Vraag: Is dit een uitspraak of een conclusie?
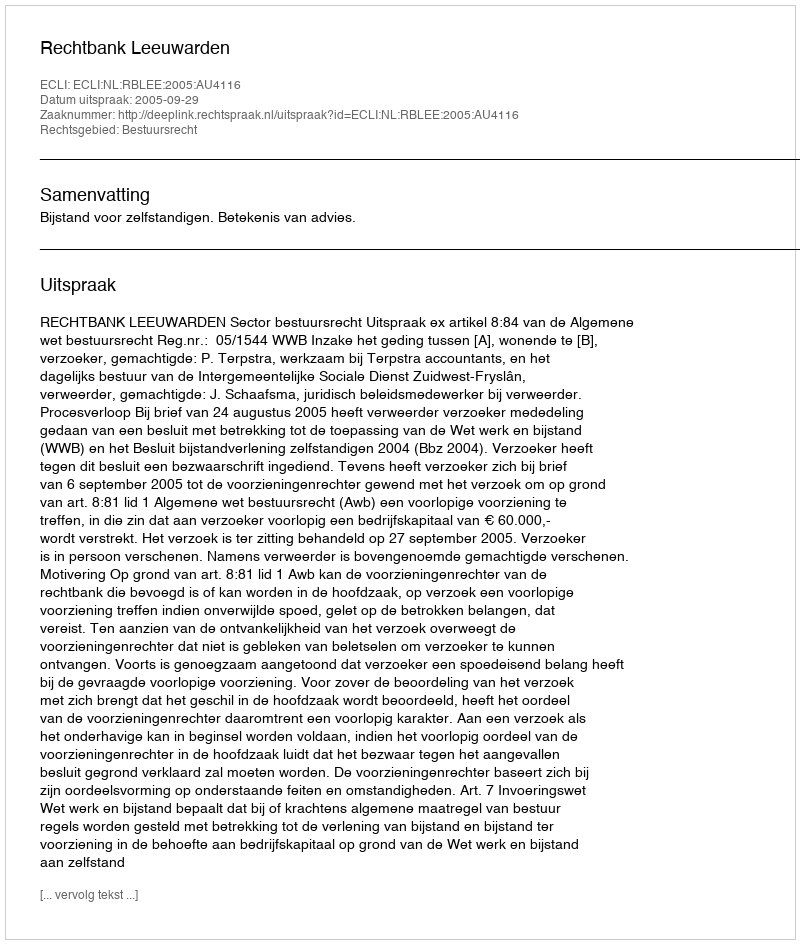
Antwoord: Uitspraak